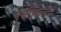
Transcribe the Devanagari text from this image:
पुर्वीकिनार